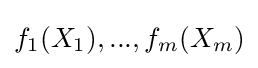
f_{1}(X_{1}),...,f_{m}(X_{m})